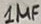
Text: 1µF